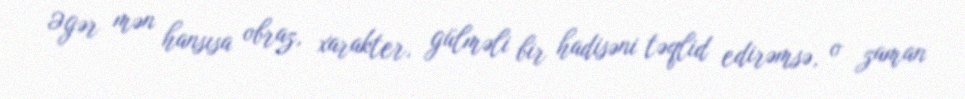
Əgər mən hansısa obraz, xarakter, gülməli bir hadisəni təqlid edirəmsə, o zaman